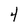
Character: 4